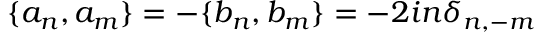
\{ a _ { n } , a _ { m } \} = - \{ b _ { n } , b _ { m } \} = - 2 i n { \delta } _ { n , - m }